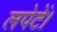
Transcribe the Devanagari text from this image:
लपेटें।